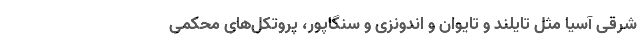
شرقی آسیا مثل تایلند و تایوان و اندونزی و سنگاپور، پروتکل‌های محکمی